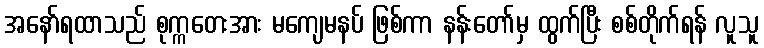
အနော်ရထာသည် စုက္ကတေးအား မကျေမနပ် ဖြစ်ကာ နန်းတော်မှ ထွက်ပြီး စစ်တိုက်ရန် လူသူ